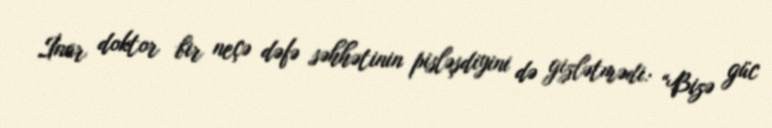
İnar doktor bir neçə dəfə səhhətinin pisləşdiyini də gizlətmədi: “Bizə güc